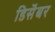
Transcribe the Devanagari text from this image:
डिसॆंबर